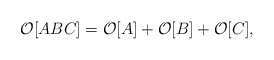
\begin{align*}{\cal O}[ABC]={\cal O}[A]+{\cal O}[B]+{\cal O}[C],\end{align*}